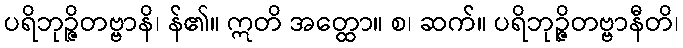
ပရိဘုဉ္ဇိတဗ္ဗာနိ၊ န်၏။ ဣတိ အတ္ထော။ စ၊ ဆက်။ ပရိဘုဉ္ဇိတဗ္ဗာနီတိ၊